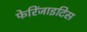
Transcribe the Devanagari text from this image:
फेरिंजाइटिस